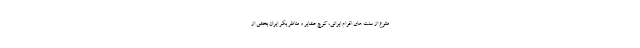
متنوع از سنت های اقوام ایرانی، کوچ عشایر و مناظر بکر ایران بخشی از